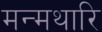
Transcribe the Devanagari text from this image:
मन्मथारि